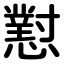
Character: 懟